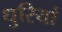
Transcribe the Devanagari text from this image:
धुरियां